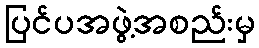
ပြင်ပအဖွဲ့အစည်းမှ